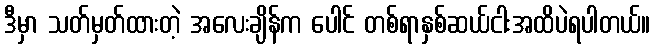
ဒီမှာ သတ်မှတ်ထားတဲ့ အလေးချိန်က ပေါင် တစ်ရာနှစ်ဆယ်ငါးအထိပဲရပါတယ်။